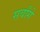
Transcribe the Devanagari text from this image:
सर्वांगे